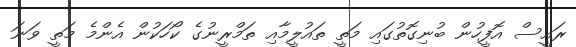
ރައީސް އޮފީހުން ބުނިގޮތުގައި މަތީ ތައުލީމާއި ތަމްރީނުގެ ކޯހަކުން އެންމެ މަތީ ވަނަ